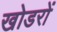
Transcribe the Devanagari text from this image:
खोडरों